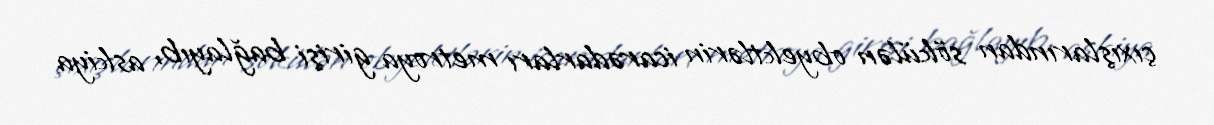
çıxışlarından sökülən obyektlərin icarədarları metroya girişi bağlayıb, askiya